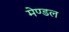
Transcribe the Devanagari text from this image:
मेण्डल